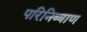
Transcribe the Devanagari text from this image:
परिनिब्बाण